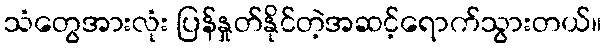
သံတွေအားလုံး ပြန်နှုတ်နိုင်တဲ့အဆင့်ရောက်သွားတယ်။